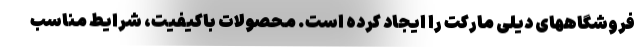
فروشگاههای دیلی مارکت را ایجاد کرده است. محصولات باکیفیت، شرایط مناسب